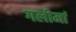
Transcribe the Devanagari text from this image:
गलीमां